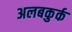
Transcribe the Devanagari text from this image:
अलबकुर्क